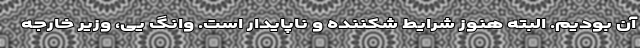
آن بودیم. البته هنوز شرایط شکننده و ناپایدار است. وانگ یی، وزیر خارجه